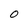
Character: O